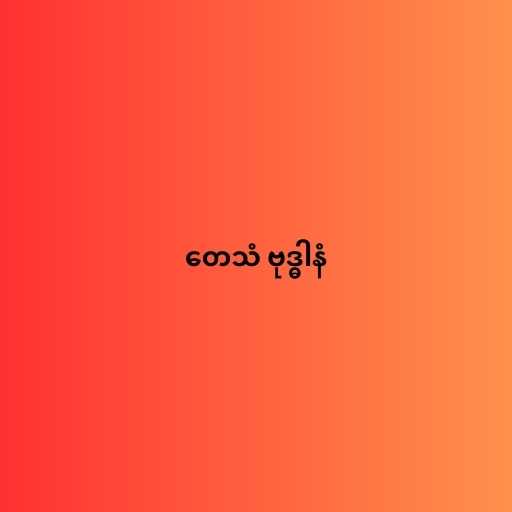
တေသံ ဗုဒ္ဓါနံ